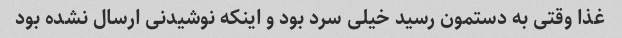
غذا وقتی به دستمون رسید خیلی سرد بود و اینکه نوشیدنی ارسال نشده بود